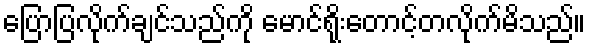
ပြောပြလိုက်ချင်သည်ကို မောင်ရိုးတောင့်တလိုက်မိသည်။